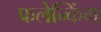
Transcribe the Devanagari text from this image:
फलेन्किंग